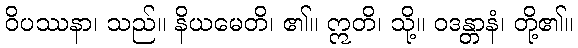
ဝိပဿနာ၊ သည်။ နိယမေတိ၊ ၏။ ဣတိ၊ သို့။ ဝဒန္တာနံ၊ တို့၏။